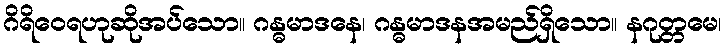
ဂိရိဝေရဟုဆိုအပ်သော။ ဂန္ဓမာဒနေ၊ ဂန္ဓမာဒနအမည်ရှိသော။ နဂုတ္တမေ၊